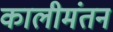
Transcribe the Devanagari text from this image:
कालीमंतन